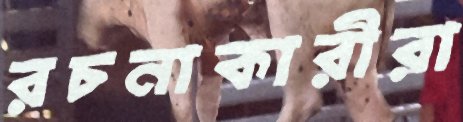
রচনাকারীরা